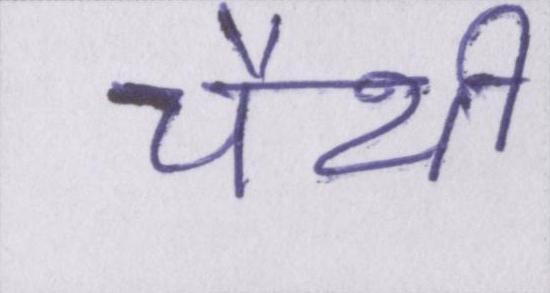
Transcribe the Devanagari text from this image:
चैथी